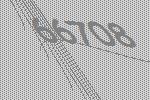
66708